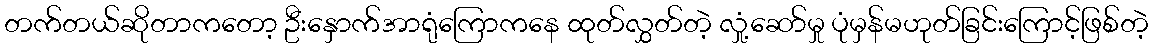
တက်တယ်ဆိုတာကတော့ ဦးနှောက်အာရုံကြောကနေ ထုတ်လွှတ်တဲ့ လှုံ့ဆော်မှု ပုံမှန်မဟုတ်ခြင်းကြောင့်ဖြစ်တဲ့